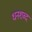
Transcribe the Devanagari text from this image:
धनशब्द